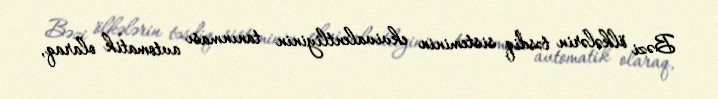
Bəzi ölkələrin təsdiq sisteminin ekvivalentliyinin tanınması avtomatik olaraq,